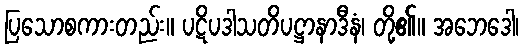
ပြသောစကားတည်း။ ပဋိပဒါသတိပဋ္ဌာနာဒီနံ၊ တို့၏။ အဘေဒေါ၊